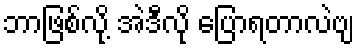
ဘာဖြစ်လို့ အဲဒီလို ပြောရတာလဲဗျ